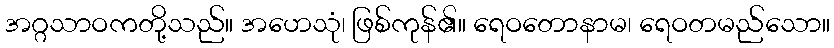
အဂ္ဂသာဝကတို့သည်။ အဟေသုံ၊ ဖြစ်ကုန်၏။ ရေဝတောနာမ၊ ရေဝတမည်သော။